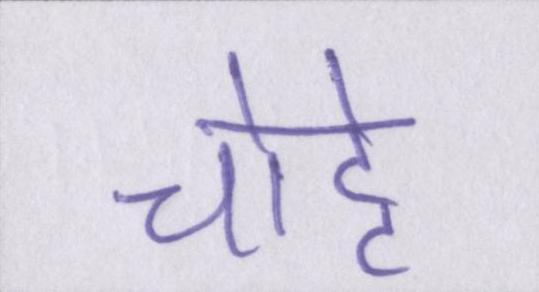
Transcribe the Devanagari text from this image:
चोट्टे